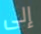
إلى